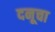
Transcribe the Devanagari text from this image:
दनूचा